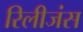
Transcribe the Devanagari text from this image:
रिलीजंस